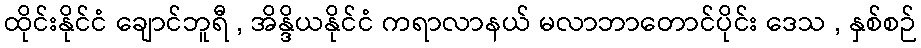
ထိုင်းနိုင်ငံ ချောင်ဘူရီ , အိန္ဒိယနိုင်ငံ ကရာလာနယ် မလာဘာတောင်ပိုင်း ဒေသ , နှစ်စဉ်